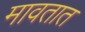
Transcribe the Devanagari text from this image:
मावतात